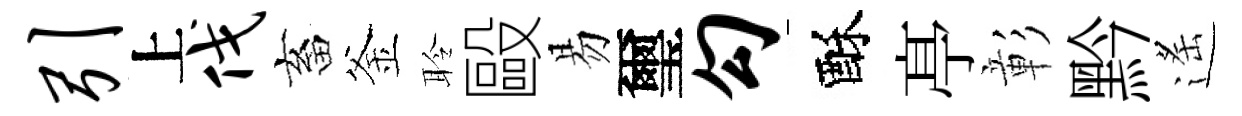
引上伐畜釜聆毆易璽勾酥𠅘彰黔遙